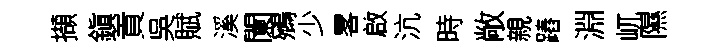
擷鎭貢吳賦溪闌鵷少畧啟沆時敞親蹖淵屼隰